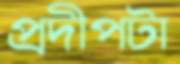
প্রদীপটা